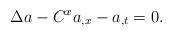
LaTeX: \begin{align*}\Delta a-C^{x}a_{,x}-a_{,t}=0. \end{align*}